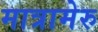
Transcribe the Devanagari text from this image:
मात्रामेरु